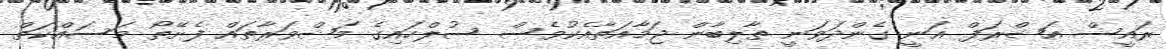
ރައީސް އަޝްރަފް ޣަނީ ގެންދަވަނީ ތާލިބާން ޖަމާއަތާއެކުވެސް ސުލްހައިގެ މަޝްވަރާތައް ފެށޭތޯ މަސައްކަތް